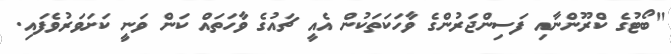
"ބޯޓުގެ ކްރޫންނާއި ފަސިންޖަރުންގެ ވާހަކަތަކުން އެއީ ޗައުގެ ވާހަތައް ކަން ވަނީ ކަށަވަރުވެފައި.